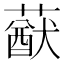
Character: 𦽈